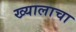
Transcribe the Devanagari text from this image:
ख्यालाचा